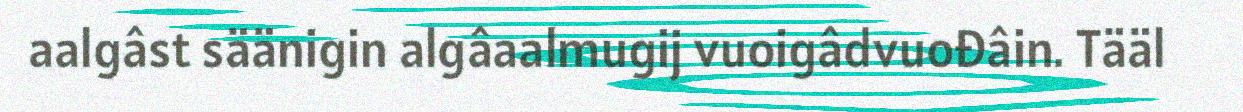
aalgâst säänigin algâaalmugij vuoigâdvuođâin. Tääl